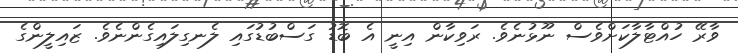
ވާރޭ ހުއްޓާލާކަށްވެސް ނޫޅުނެވެ. ރަވިކާން އިނީ އެ ބޮޑު ގަސްބުޑުގައި ލެނގިލައިގެންނެވެ. ޒައިލީންގެ